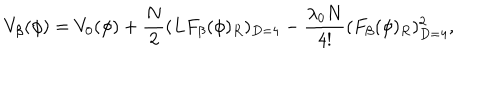
V _ { \beta } ( \phi ) = V _ { 0 } ( \phi ) + \frac { N } { 2 } ( L F _ { \beta } ( \phi ) _ { R } ) _ { D = 4 } - \frac { \lambda _ { 0 } N } { 4 ! } ( F _ { \beta } ( \phi ) _ { R } ) _ { D = 4 } ^ { 2 } ,